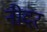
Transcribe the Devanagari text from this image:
नीदर